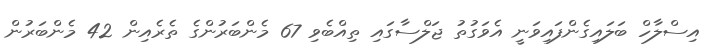
އިސްލާހް ބަލައިގެންފައިވަނީ އެވަގުތު ޖަލްސާގައި ތިއްބެވި 67 މެންބަރުންގެ ތެރެއިން 42 މެންބަރުން